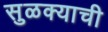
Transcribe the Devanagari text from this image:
सुळक्याची